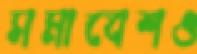
সমাবেশও